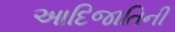
આદિજાતિની